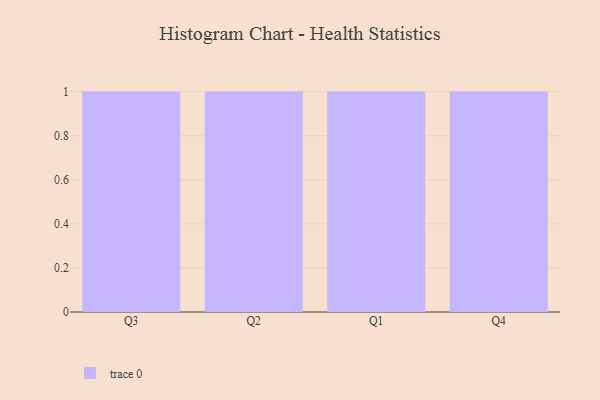
{"axis": {"x": "Quarter", "y": "Bounce Rate (%)"}, "legend": [""], "data": [{"x": "Q3", "y": 3, "type": ""}, {"x": "Q2", "y": 93, "type": ""}, {"x": "Q1", "y": 51, "type": ""}, {"x": "Q4", "y": 78, "type": ""}]}